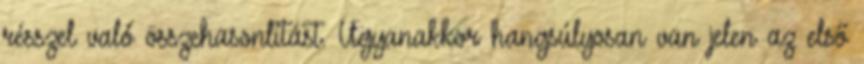
résszel való összehasonlítást. Ugyanakkor hangsúlyosan van jelen az első